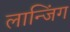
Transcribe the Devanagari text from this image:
लान्जिंग